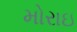
મોરાઇ